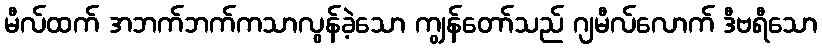
မီလ်ထက် အဘက်ဘက်ကသာလွန်ခဲ့သော ကျွန်တော်သည် ဂျမီလ်လောက် ဒီဗရီသော